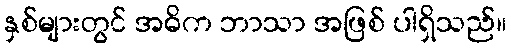
နှစ်များတွင် အဓိက ဘာသာ အဖြစ် ပါရှိသည်။